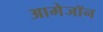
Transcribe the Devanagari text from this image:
आमेजॉन